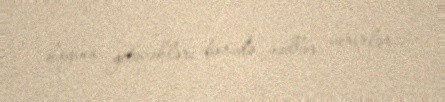
hayına yetəcəkləri barədə vədlər verirlər.